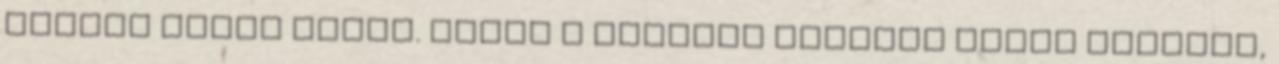
bénító súlya alatt. Talán a végével kellett volna kezdeni,